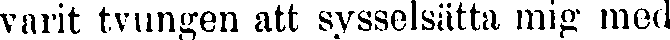
varit tvungen att sysselsätta mig med